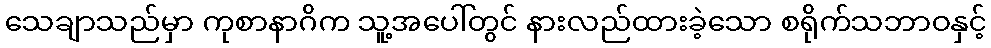
သေချာသည်မှာ ကုစာနာဂိက သူ့အပေါ်တွင် နားလည်ထားခဲ့သော စရိုက်သဘာဝနှင့်